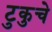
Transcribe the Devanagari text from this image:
टुकुचे